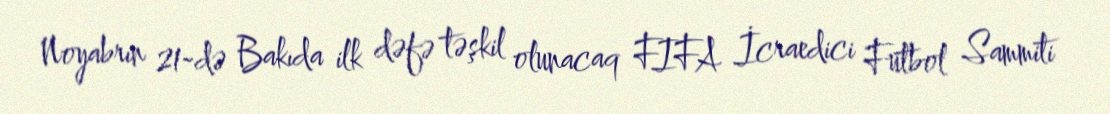
Noyabrın 21-də Bakıda ilk dəfə təşkil olunacaq FIFA İcraedici Futbol Sammiti